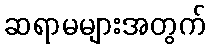
ဆရာမများအတွက်